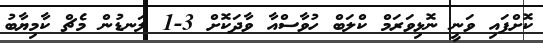
ކޮށްފައި ވަނީ ނޮޅިވަރަމް ކްލަބް ހުވާސްއާ ވާދަކޮށް 3-1 ލަނޑުން މެޗް ކާމިޔާބު